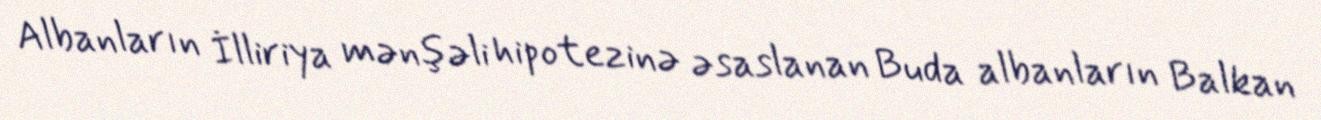
Albanların İlliriya mənşəli hipotezinə əsaslanan Buda albanların Balkan